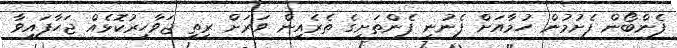
ފެންބޯން ފެށުމުން ހުމާއަށް ފެނުނީ ފެންތަށިގެ ތެރެއިން ވަރަށް ރީތި ޖަވާހިރުކޮޅެއް ޖަހާފައިވާ